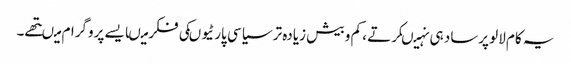
یہ کام لالو پرساد ہی نہیںکرتے ، کم و بیش زیادہ تر سیاسی پارٹیوںکی فکر میںایسے پروگرام میںتھے۔